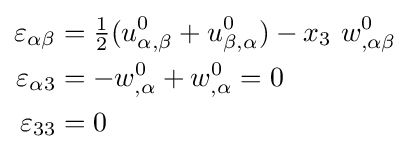
{\begin{aligned}\varepsilon _{\alpha \beta }&={\tfrac {1}{2}}(u_{\alpha ,\beta }^{0}+u_{\beta ,\alpha }^{0})-x_{3}~w_{,\alpha \beta }^{0}\\\varepsilon _{\alpha 3}&=-w_{,\alpha }^{0}+w_{,\alpha }^{0}=0\\\varepsilon _{33}&=0\end{aligned}}